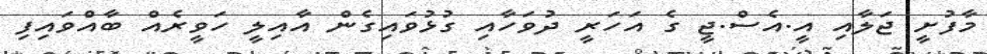
މާފުށީ ޖަލާއި އީ.އެސް.ޖީ ގެ އަހަރީ ދުވަހާއި ގުޅުވައިގެން އާއިލީ ހަވީރެއް ބާއްވައިފި